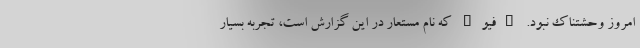
امروز وحشتناک نبود. "فیو" که نام مستعار در این گزارش است، تجربه بسیار